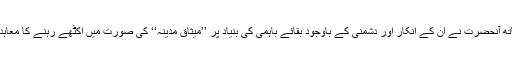
یہود کے ساتھ آنحضرتؐ نے ان کے انکار اور دشمنی کے باوجود بقائے باہمی کی بنیاد پر ’’میثاق مدینہ‘‘ کی صورت میں اکٹھے رہنے کا معاہدہ کر لیا تھا۔